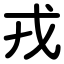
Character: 戎